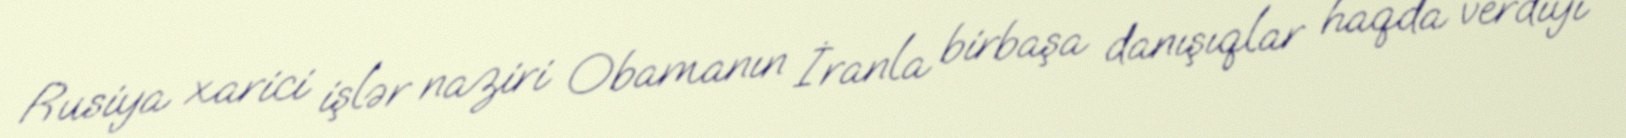
Rusiya xarici işlər naziri Obamanın İranla birbaşa danışıqlar haqda verdiyi